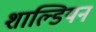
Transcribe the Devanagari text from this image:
शाल्डियन